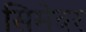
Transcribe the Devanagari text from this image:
सिमेवर